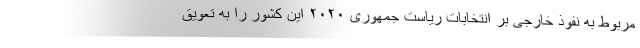
مربوط به نفوذ خارجی بر انتخابات ریاست جمهوری ۲۰۲۰ این کشور را به تعویق